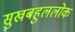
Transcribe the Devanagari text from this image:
सुखबहुललोक